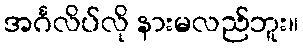
အင်္ဂလိပ်လို နားမလည်ဘူး။